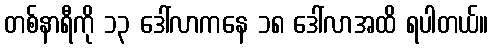
တစ်နာရီကို ၁၃ ဒေါ်လာကနေ ၁၈ ဒေါ်လာအထိ ရပါတယ်။